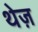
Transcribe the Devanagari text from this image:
थेज़